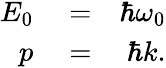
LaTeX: \begin{array}{rlr}{E_{0}}&{{}=}&{\hbar\omega_{0}}\\ {p}&{{}=}&{\hbar k.}\end{array}